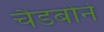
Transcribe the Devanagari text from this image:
चैडबोर्न